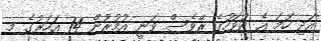
އަދި ހަމަ އެ ދުވަހުގެ ރޭވެސް ވަނީ އުމުރުން 14 އަހަރުގެ މ.